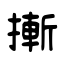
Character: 摲